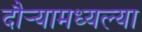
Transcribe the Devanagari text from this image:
दौर्‍यामध्यल्या